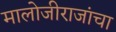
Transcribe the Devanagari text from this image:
मालोजीराजांचा